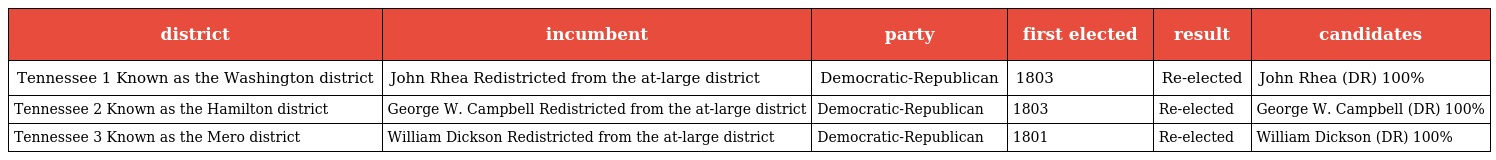
| district | incumbent | party | first elected | result | candidates |
 | --- | --- | --- | --- | --- | --- |
 | Tennessee 1 Known as the Washington district | John Rhea Redistricted from the at-large district | Democratic-Republican | 1803 | Re-elected | John Rhea (DR) 100% |
 | Tennessee 2 Known as the Hamilton district | George W. Campbell Redistricted from the at-large district | Democratic-Republican | 1803 | Re-elected | George W. Campbell (DR) 100% |
 | Tennessee 3 Known as the Mero district | William Dickson Redistricted from the at-large district | Democratic-Republican | 1801 | Re-elected | William Dickson (DR) 100% |